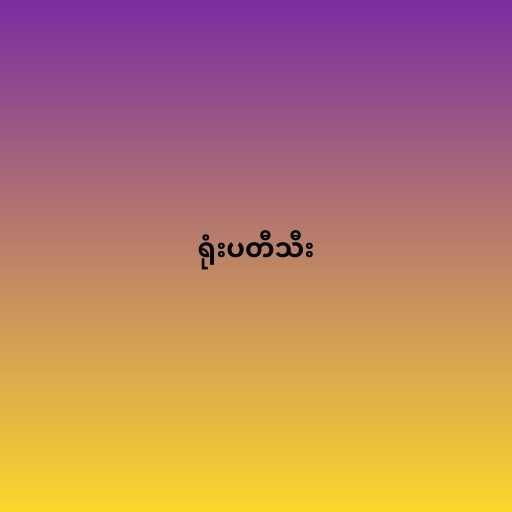
ရုံးပတီသီး